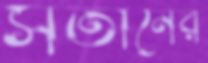
সতীনের